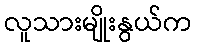
လူသားမျိုးနွယ်က